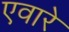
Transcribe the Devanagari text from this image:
एवारे